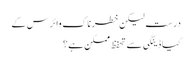
درست لیکن خطرناک وائرس کے
کیا ڈینگی سے تحفظ ممکن ہے؟